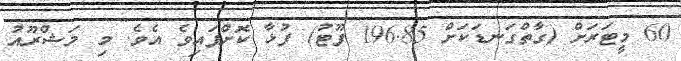
60 މީޓަރަށް (ގާތްގަނޑަކަށް 196.85 ފޫޓު) ފުޅާ ކޮށްފައިވެ އެވެ. މި މަޝްރޫއު